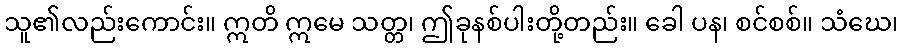
သူ၏လည်းကောင်း။ ဣတိ ဣမေ သတ္တ၊ ဤခုနစ်ပါးတို့တည်း။ ခေါ ပန၊ စင်စစ်။ သံဃေ၊